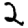
Digit: 2